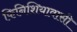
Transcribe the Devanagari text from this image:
फिनिशियावासी